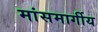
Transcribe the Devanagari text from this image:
मांसमार्गीय